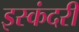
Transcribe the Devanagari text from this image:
इस्कंदरी